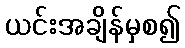
ယင်းအချိန်မှစ၍